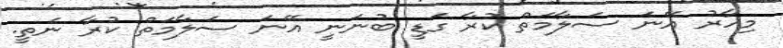
މިހާރު އޭނަ ސަލާމަތް ކުރާ ގަޑީ ބުނަނީ އޭނަ ސަލާމަތް ކުރާ ނެތީ.